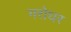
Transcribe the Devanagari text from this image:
गरोधर